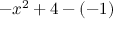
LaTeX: - x ^ { 2 } + 4 - ( - 1 )